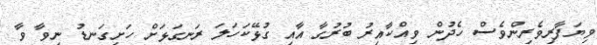
ވިޔަފާރިވެރިންވެސް ހެދުން ވިއްކާއިރު ބުރުގާ އާއި ގުޅޭކަހަލަ ރަނގަޅަށް ހަށިގަނޑު ނިވާ ވާ